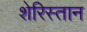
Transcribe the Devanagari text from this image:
शेरिस्तान